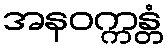
အနဝက္ကန္တံ